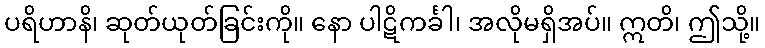
ပရိဟာနိ၊ ဆုတ်ယုတ်ခြင်းကို။ နော ပါဋိကင်္ခါ၊ အလိုမရှိအပ်။ ဣတိ၊ ဤသို့။